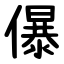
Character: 儤